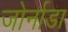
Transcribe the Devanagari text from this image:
जोर्नाडा